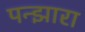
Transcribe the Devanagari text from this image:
पन्झारा